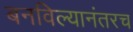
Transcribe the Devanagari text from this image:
बनविल्यानंतरच